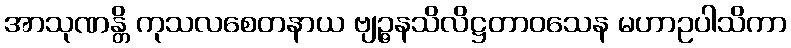
အာသုဏန္တိ ကုသလစေတနာယ ဗျဉ္ဇနသိလိဋ္ဌတာဝသေန မဟာဥပါသိကာ